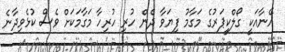
އޭނާއަކީ ގޯލްކީޕަރުގެ މަގާމު ފިޔަވާ ދެން ހުރި ހުރިހާ މަގާމަކަށް ވެސް ކުޅެވިދާނެ